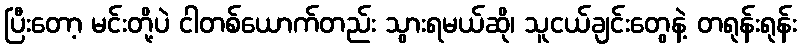
ပြီးတော့ မင်းတို့ပဲ ငါတစ်ယောက်တည်း သွားရမယ်ဆို၊ သူငယ်ချင်းတွေနဲ့ တရုန်းရုန်း